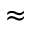
\approx